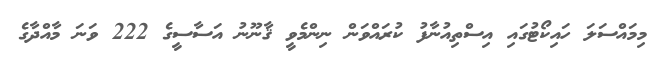
މިމައްސަލަ ހައިކޯޓުގައި އިސްތިއުނާފު ކުރައްވަން ނިންމެވީ ޤާނޫނު އަސާސީގެ 222 ވަނަ މާއްދާގެ